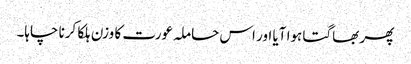
پھر بھاگتا ہوا آیا اور اس حاملہ عورت کا وزن ہلکا کرنا چاہا۔